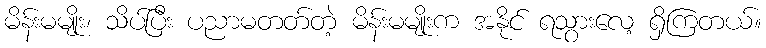
မိန်းမမျိုး၊ သိပ်ပြီး ပညာမတတ်တဲ့ မိန်းမမျိုးက အနိုင် ရသွားလေ့ ရှိကြတယ်။